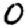
Digit: 0